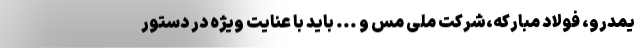
یمدرو، فولاد مبارکه،‌شرکت ملی مس و ... باید با عنایت ویژه در دستور